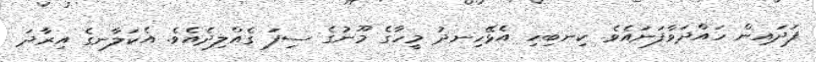
ފަދައިން ހައްދަވާފަނައެވެ. ކިނބިހި އެޅޭހިނދު މީހާގެ މޫނުގެ ސިފަ ގެއްލިދެއެވެ. އެކަލާނގެ އިރާދަ